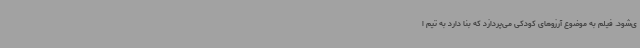
ی‌شود. فیلم به موضوع آرزوهای کودکی می‌پردازد که بنا دارد به تیم ا